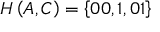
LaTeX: H \left( A , C \right) = \left\{ 0 0 , 1 , 0 1 \right\}